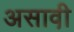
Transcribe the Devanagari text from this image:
असावी़